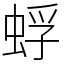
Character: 蜉